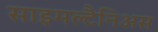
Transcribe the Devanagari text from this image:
साइमल्टैनिअस